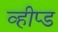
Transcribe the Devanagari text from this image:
व्हीप्ड